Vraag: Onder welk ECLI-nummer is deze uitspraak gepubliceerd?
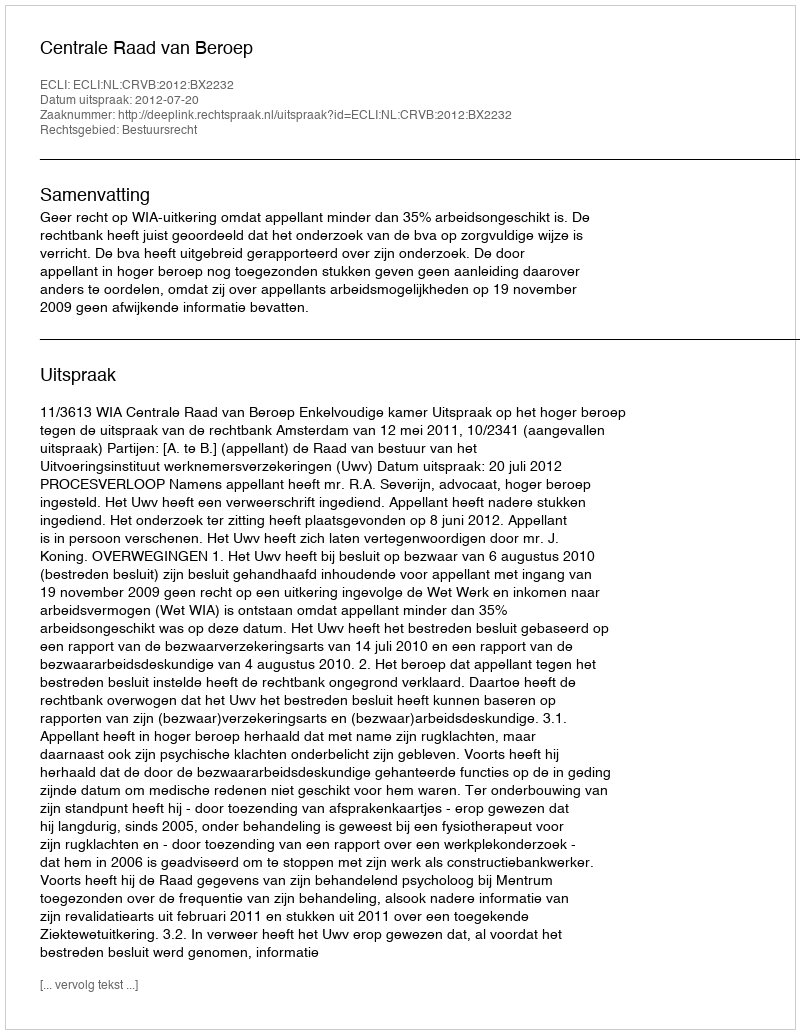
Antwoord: ECLI:NL:CRVB:2012:BX2232